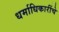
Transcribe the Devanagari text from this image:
धर्माधिकारींचे